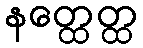
နတ္ထေတ္ထ